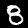
Digit: 8